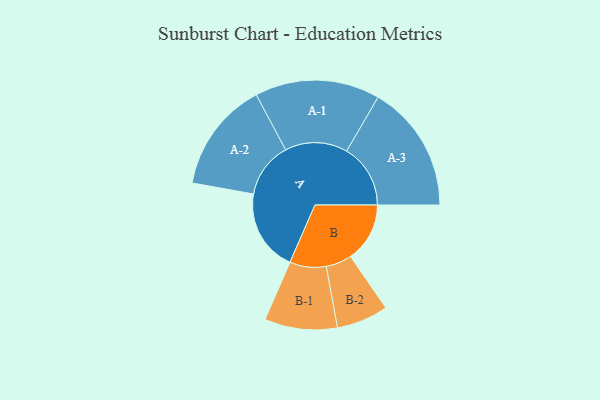
{"axis": {"x": "Segment", "y": "Value"}, "legend": ["", "A", "B"], "data": [{"x": "A", "y": 358, "type": ""}, {"x": "B", "y": 259, "type": ""}, {"x": "A-1", "y": 273, "type": "A"}, {"x": "A-2", "y": 242, "type": "A"}, {"x": "A-3", "y": 279, "type": "A"}, {"x": "B-1", "y": 159, "type": "B"}, {"x": "B-2", "y": 113, "type": "B"}]}